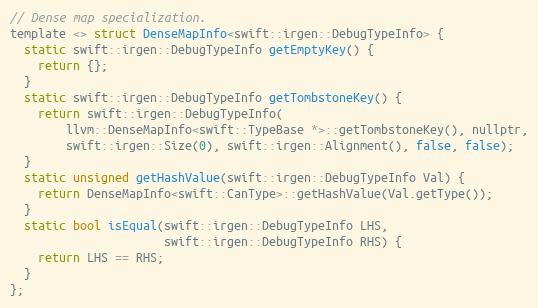
Language: C
// Dense map specialization.
template <> struct DenseMapInfo<swift::irgen::DebugTypeInfo> {
  static swift::irgen::DebugTypeInfo getEmptyKey() {
    return {};
  }
  static swift::irgen::DebugTypeInfo getTombstoneKey() {
    return swift::irgen::DebugTypeInfo(
        llvm::DenseMapInfo<swift::TypeBase *>::getTombstoneKey(), nullptr,
        swift::irgen::Size(0), swift::irgen::Alignment(), false, false);
  }
  static unsigned getHashValue(swift::irgen::DebugTypeInfo Val) {
    return DenseMapInfo<swift::CanType>::getHashValue(Val.getType());
  }
  static bool isEqual(swift::irgen::DebugTypeInfo LHS,
                      swift::irgen::DebugTypeInfo RHS) {
    return LHS == RHS;
  }
};